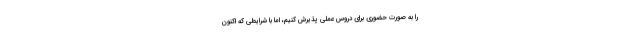
را به صورت حضوری برای دروس عملی پذیرش کنیم، اما با شرایطی که اکنون